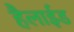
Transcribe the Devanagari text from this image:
हैलाईड